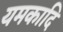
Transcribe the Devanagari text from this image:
यमकादि